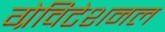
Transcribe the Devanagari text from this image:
ग्रेविटेशनल